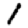
Digit: 1